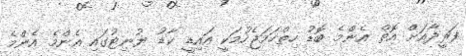
ފަރީދާއަށް އޮތް އެންމެ ބޮޑު ހިތްހަމަޖެހުމަކީ އައިޑީ ކާޑު ޔުނިޓުގައި އެންމެ އެންމެ